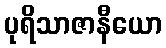
ပုရိသာဇာနီယော